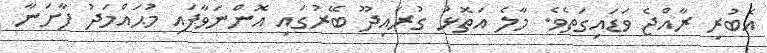
އެބުރި ރާއްޖެ ވަޑައިގަތެވެ. މާލެ އަތޮޅު ގުރައިދޫ ބޭރުގައި އޮންނަވާފައި މުޙައްމަދު ފާށަނާ